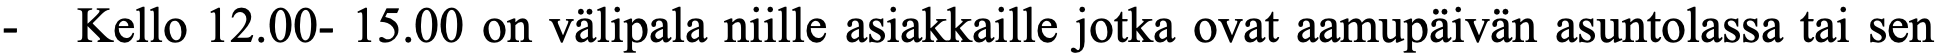
-  Kello 12.00- 15.00 on välipala niille asiakkaille jotka ovat aamupäivän asuntolassa tai sen